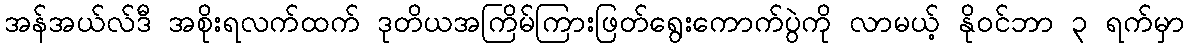
အန်အယ်လ်ဒီ အစိုးရလက်ထက် ဒုတိယအကြိမ်ကြားဖြတ်ရွေးကောက်ပွဲကို လာမယ့် နိုဝင်ဘာ ၃ ရက်မှာ